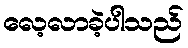
လေ့လာခဲ့ပါသည်